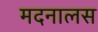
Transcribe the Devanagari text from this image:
मदनालस